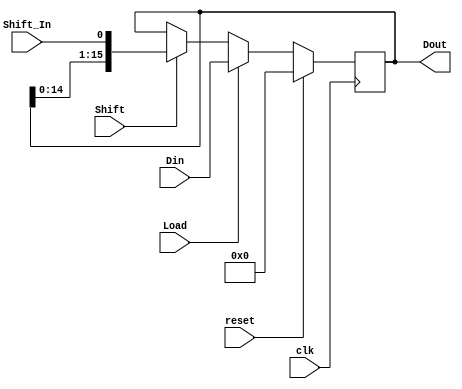
`timescale 1ns / 100ps
////////////////////
//the register module
////////////////////

module Register#(parameter n = 16 )
(
input clk,
input reset,
input Load,
input Shift,
input [n-1:0] Din,
input Shift_In,
output reg [n-1:0] Dout
);
always@(posedge clk)
	begin
			if(reset==1)
				Dout <= 0;
			else if (Load==1)
				Dout <= Din;
			else if(Shift==1)
				Dout <= {Dout[n-2:0],Shift_In};
			else
				Dout <= Dout;
	end
endmodule